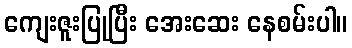
ကျေးဇူးပြုပြီး အေးဆေး နေစမ်းပါ။